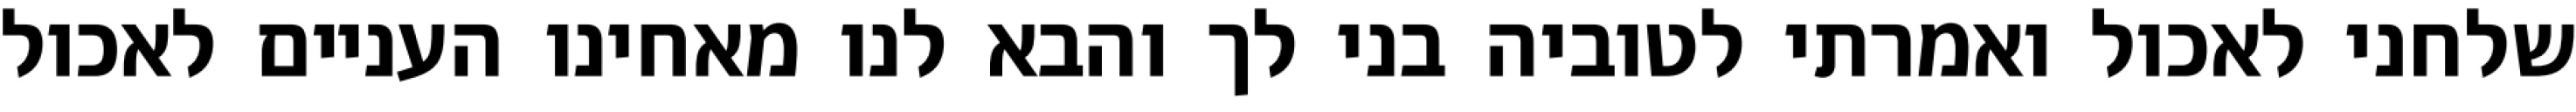
שלחני לאכול ואמרתי לטוביה בני לך והבא לנו מאחינו העניים לאכול